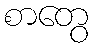
စာတွေ